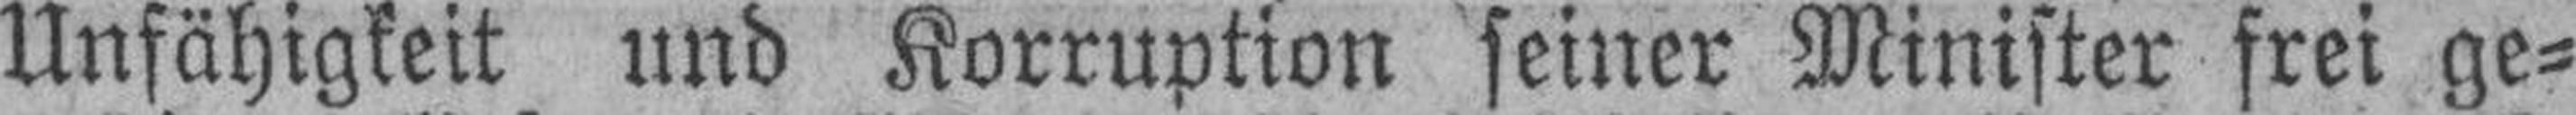
Unfähigkeit und Korruption seiner Minister frei ge¬